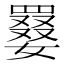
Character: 𡢑